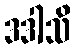
ဒဒါသိ